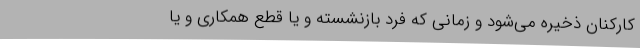
کارکنان ذخیره می‌شود و زمانی که فرد بازنشسته و یا قطع همکاری و یا